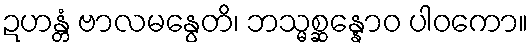
ဍဟန္တံ ဗာလမနွေတိ၊ ဘသ္မစ္ဆန္နောဝ ပါဝကော။